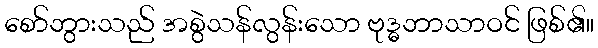
စော်ဘွားသည် အစွဲသန်လွန်းသော ဗုဒ္ဓဘာသာဝင် ဖြစ်၏။